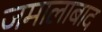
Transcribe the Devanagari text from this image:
जमालाबाद